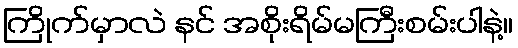
ကြိုက်မှာလဲ နင် အစိုးရိမ်မကြီးစမ်းပါနဲ့။